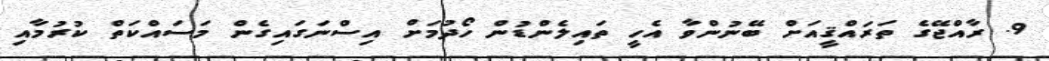
9. ރާއްޖޭގެ ތަރައްޤީއަށް ބޭނުންވާ އެހީ ތައިލެންޑުން ހޯދުމަށް އިސްނަގައިގެން މަސައްކަތް ކުރުމާއި